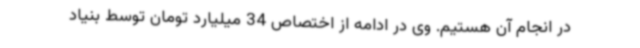
در انجام آن هستیم. وی در ادامه از اختصاص 34 میلیارد تومان توسط بنیاد